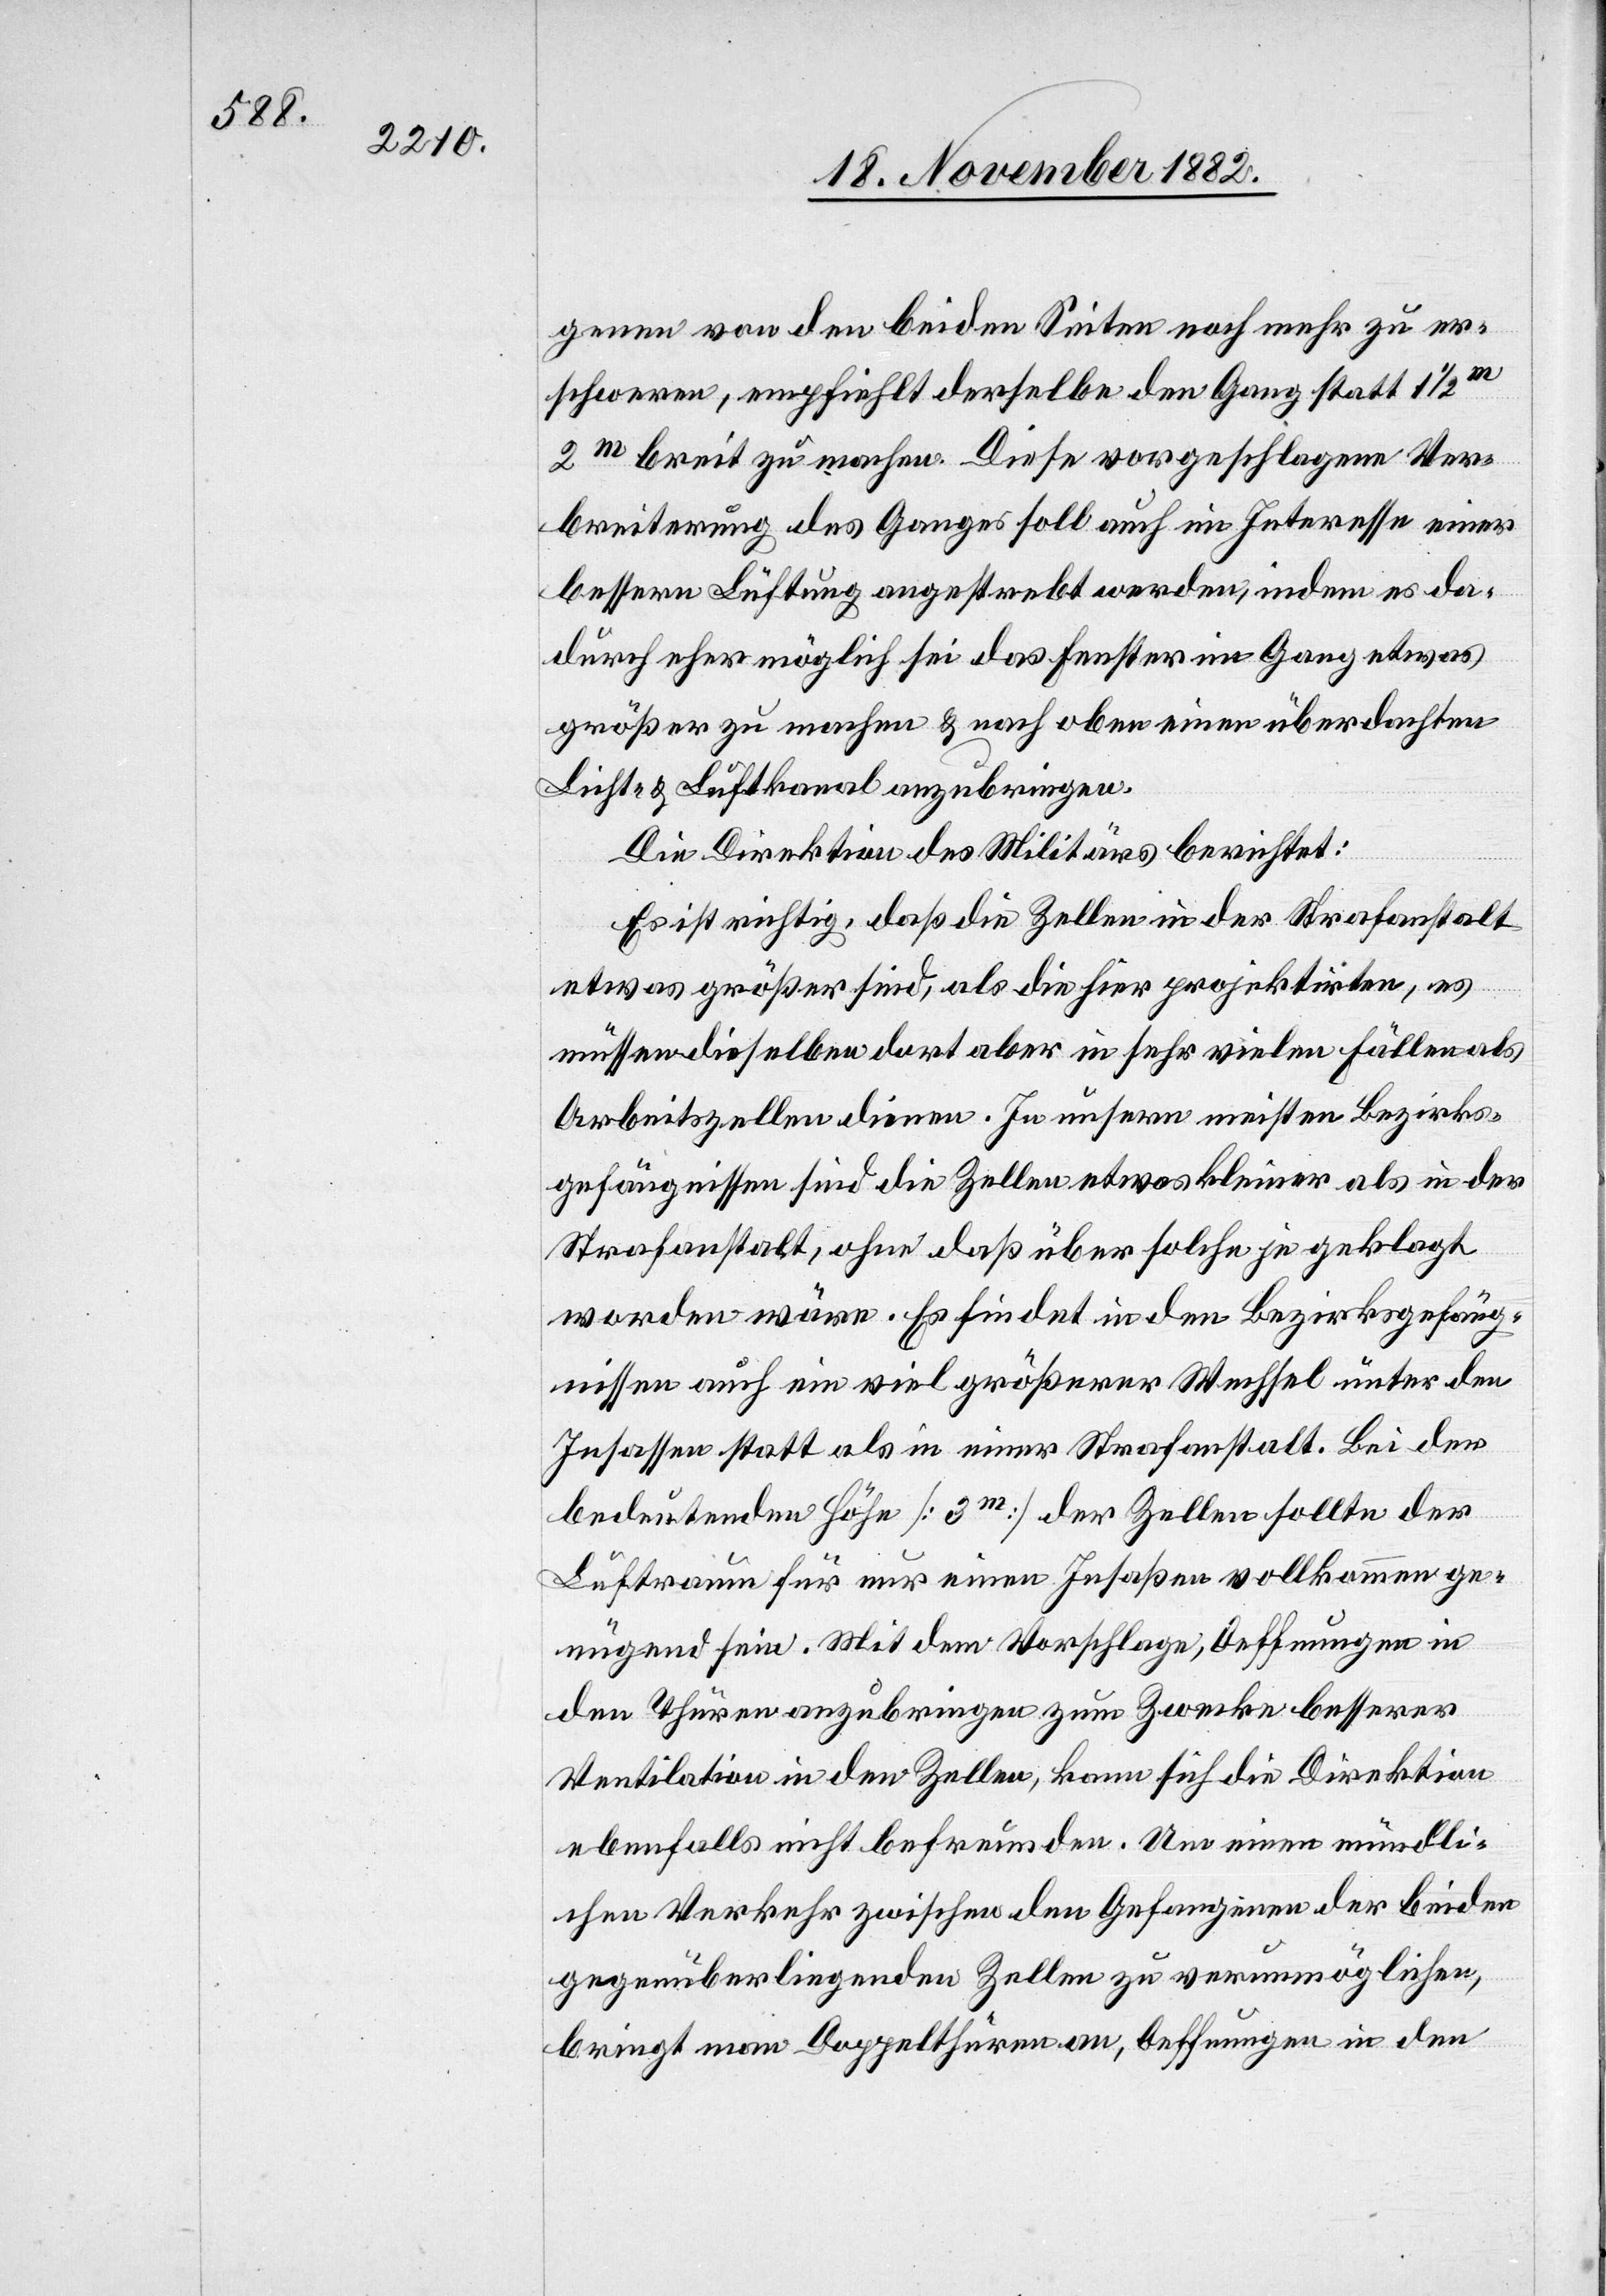
genen von den beiden Seiten noch mehr zu er¬
schweren, empfiehlt derselbe den Gang statt 1 1/2m
2m breit zu machen. Diese vorgeschlagene Ver¬
breiterung des Ganges soll auch im Interesse einer
bessern Lüftung angestrebt werden, indem es da¬
durch eher möglich sei das Fenster im Gang etwas
größer zu machen & nach oben einen überdachten
Licht- & Luftkanal anzubringen.
Die Direktion des Militärs berichtet:
Es ist richtig, daß die Zellen in der Strafanstalt
etwas größer sind, als die hier projektirten, es
müssen dieselben dort aber in sehr vielen Fällen als
Arbeitszellen dienen. In unsern meisten Bezirks¬
gefängnissen sind die Zellen etwas kleiner als in der
Strafanstalt, ohne daß über solche je geklagt
worden wäre. Es findet in den Bezirksgefäng¬
nissen auch ein viel größerer Wechsel unter den
Insassen statt als in einer Strafanstalt. Bei der
bedeutenden Höhe [3m] der Zellen sollte der
Luftraum für nur einen Insaßen vollkommen ge¬
nügend sein. Mit dem Vorschlage, Oeffnungen in
den Thüren anzubringen zum Zwecke besserer
Ventilation in den Zellen, kann sich die Direktion
ebenfalls nicht befreunden. Um einen mündli¬
chen Verkehr zwischen den Gefangenen der beiden
gegenüberliegenden Zellen zu verunmöglichen,
bringt man Doppelthüren an, Oeffnungen in den